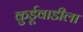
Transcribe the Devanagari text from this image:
कुर्डूवाडीला